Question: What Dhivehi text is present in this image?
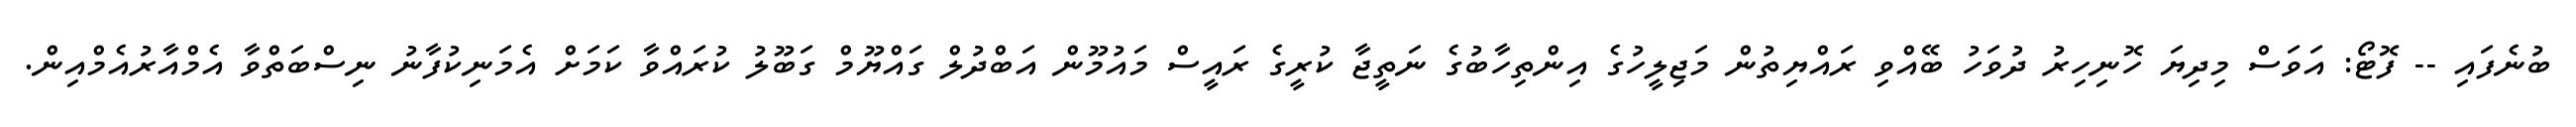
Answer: ބުނެފައި -- ފޮޓޯ: އަވަސް މިދިޔަ ހޮނިހިރު ދުވަހު ބޭއްވި ރައްޔިތުން މަޖިލީހުގެ އިންތިހާބުގެ ނަތީޖާ ކުރީގެ ރައީސް މައުމޫން އަބްދުލް ގައްޔޫމް ގަބޫލު ކުރައްވާ ކަމަށް އެމަނިކުފާނު ނިސްބަތްވާ އެމްއާރުއެމްއިން.